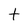
Character: t